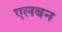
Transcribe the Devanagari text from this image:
एलबन